Annual report on the lock hospitals of the Madras Presidency
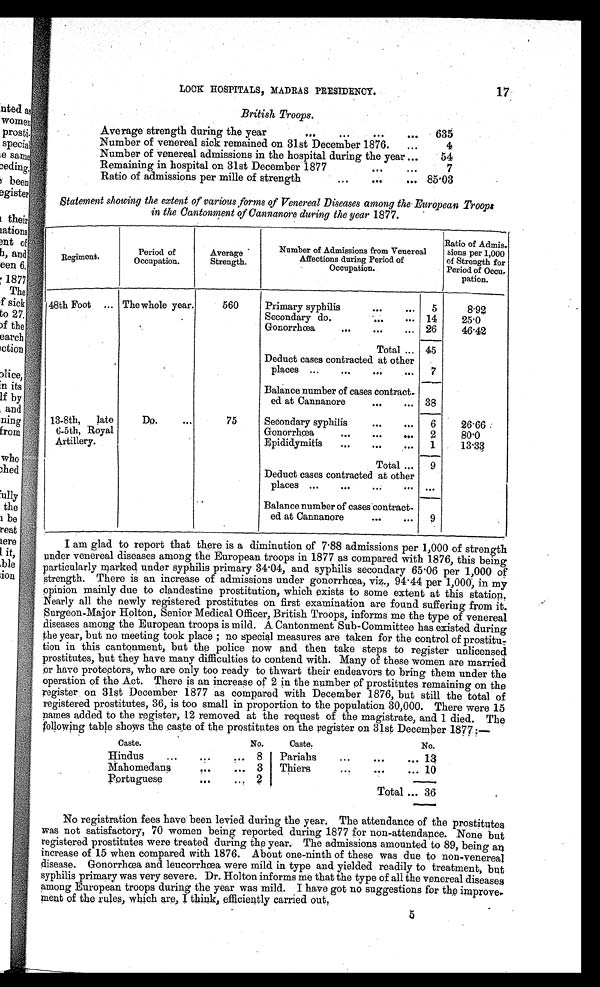
LOCK HOSPITALS, MADRAS PRESIDENCY.
17
British Troops.
Average strength during the year
...
...
...
...
635
Number of venereal sick remained on 31st December 1876.
...
4
Number of venereal admissions in the hospital during the year ...
54
Remaining in hospital on 31st December 1877
...
...
7
Ratio of admissions per mille of strength
...
...
... 85.03
Statement showing the extent of various forms of Venereal Diseases among the European Troops
in the Cantonment of Cannanore during the year 1877.
Regiment.
Period of
Occupation.
AveraeSt rengt h.
Number of Admissions from Venereal
Affections during Period of
Occupation.
Ratio of Admis
-sions per 1,000
of Strength for
Period of Occu
-pation.
48th Foot ... The whole year.
560
Primary syphilis
...
...
5
8.92
Secondary do.
...
... 14
25.0
Gonorrhœa
...
...
... 26
46.42
Total ... 45
Deduct cases contracted at other
places ...
...
...
...
7
Balance number of cases contract-
ed at Cannanore
...
... 38
13-8th, late
6-5th, Royal
Artillery.
Do.
...
75
Secondary syphilis
...
...
6
26.66
Gonorrhœa
...
...
...
2
80.0
Epididymitis
...
...
...
13.33
1
Total ...
9
Deduct cases contracted at other
places ...
...
....
. . .
Balance number of cases contract-
ed at Cannanore
...
...
9
I am glad to report that there is a diminution of 7 . 88 admissions per 1,000 of strength
under venereal diseases among the European troops in 1877 as compared with 1876, this being
particularly marked under syphilis primary 34 . 04, and syphilis secondary 65 . 06 per 1,000 of
strength. There is an increase of admissions under gonorrhœa, viz., 94 . 44 per 1,000, in my
opinion mainly due to clandestine prostitution, which exists to some extent at this station.
Nearly all the newly registered prostitutes on first examination are found suffering from it.
Surgeon-Major Holton, Senior Medical Officer, British Troops, informs me the type of venereal
diseases among the European troops is mild. A Cantonment Sub-Committee has existed during
the year, but no meeting took place; no special measures are taken for the control of
prostitu-tion in this cantonment, but the police now and then take steps to register unlicensed
prostitutes, but they have many difficulties to contend with. Many of these women are married
or have protectors, who are only too ready to thwart their endeavors to bring them under the
operation of the Act. There is an increase of 2 in the number of prostitutes remaining on the
register on 31st December 1877 as compared with December 1876, but still the total of
registered prostitutes, 36, is too small in proportion to the population 30,000. There were 15
names added to the register, 12 removed at the request of the magistrate, and 1 died. The
f o l l o w i n g t a b l e s h o w s t h e c a s t e o f t h e p r o s t i t u t e s o n t h e r e g i s t e r o n 3 1 s t D e c e m b e r 1 8 7 6 : —
Caste.
No.
Caste.
. . .
...
No.
Hindus...
... 8
Pariahs
...
. . .
... 13
Mahomedans
. . .
... 3
Thiers
. . .
. . .
... 10
Portuguese
...
.. .
Total ... 36
No registration fees have been levied during the year. The attendance of the prostitutes
was not satisfactory, 70 women being reported during 1877 for non-attendance. None but
registered prostitutes were treated during the year. The admissions amounted to 89, being an
increase of 15 when compared with 1876. About one-ninth of these was due to non-venereal
disease. Gonorrhœa and leucorrhœa were mild in type and yielded readily to treatment, but
syphilis primary was very severe. Dr. Holton informs me that the type of all the venereal diseases
among European troops during the year was mild. I have got no suggestions for the improve
-ment of the rules, which are, I think, efficiently carried out.
5